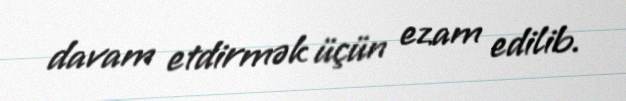
davam etdirmək üçün ezam edilib.